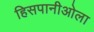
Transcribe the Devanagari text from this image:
हिसपानीओला